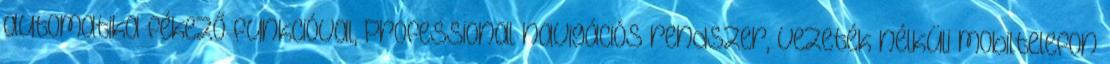
automatika fékező funkcióval, Professional navigációs rendszer, Vezeték nélküli mobiltelefon